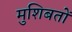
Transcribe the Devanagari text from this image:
मुशिबतों